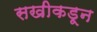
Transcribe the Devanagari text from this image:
सखीकडून